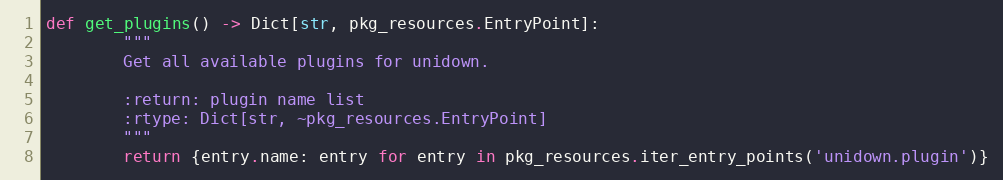
Language: Python
def get_plugins() -> Dict[str, pkg_resources.EntryPoint]:
        """
        Get all available plugins for unidown.

        :return: plugin name list
        :rtype: Dict[str, ~pkg_resources.EntryPoint]
        """
        return {entry.name: entry for entry in pkg_resources.iter_entry_points('unidown.plugin')}